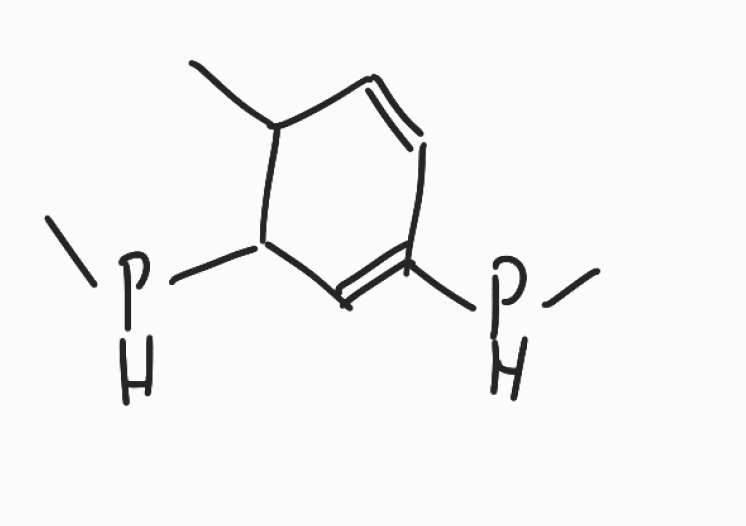
Simplified molecular-input line-entry system (SMILES) notation of the given molecule:
CC1C=CC(=CC1PC)PC